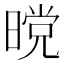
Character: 𭧋